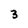
Character: 3